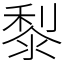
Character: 𪏭